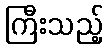
ကြီးသည့်